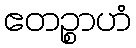
ဧတဉ္စာဟံ